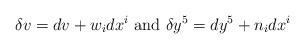
LaTeX: \begin{align*}\delta v=dv+w_{i}dx^{i}\mbox{ and }\delta y^{5}=dy^{5}+n_{i}dx^{i}\end{align*}